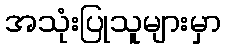
အသုံးပြုသူများမှာ